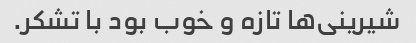
شیرینی‌ها تازه و خوب بود با تشکر.